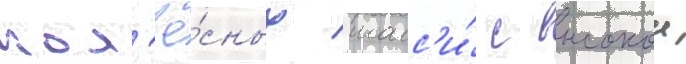
кол'ё́сных шасс'и́ с высокои